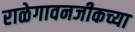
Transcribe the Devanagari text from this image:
राळेगावनजीकच्या